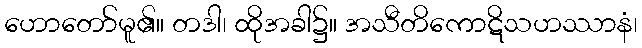
ဟောတော်မူ၏။ တဒါ၊ ထိုအခါ၌။ အသီတိကောဋိသဟဿာနံ၊